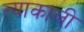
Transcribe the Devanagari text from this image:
त्याकाली